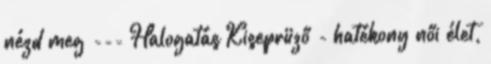
nézd meg --- Halogatás Kiseprüző - hatékony női élet,